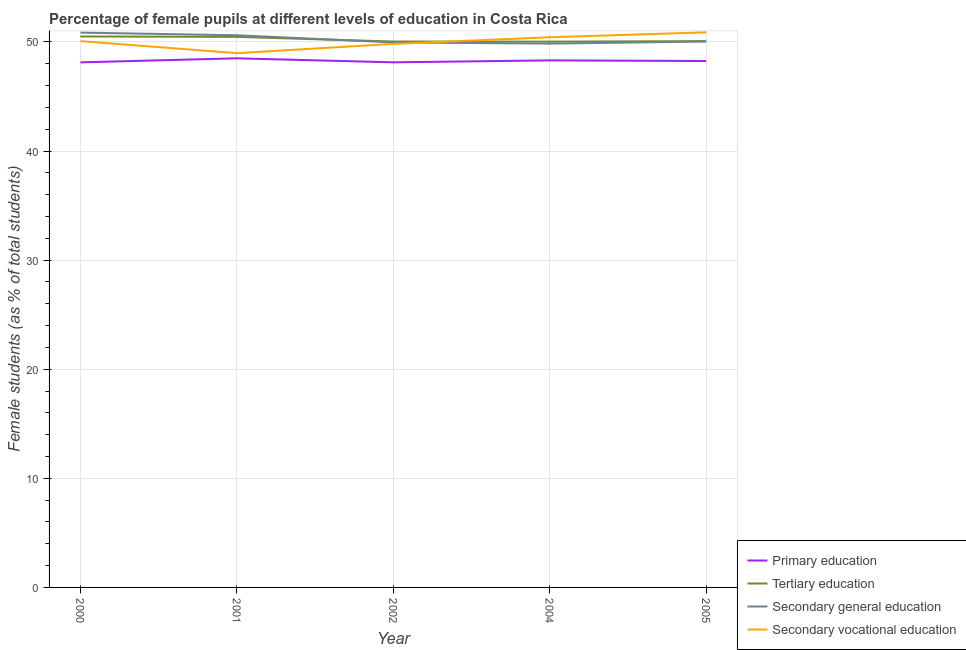
| Year | Primary education | Tertiary education | Secondary general education | Secondary vocational education |
 | --- | --- | --- | --- | --- |
 | 2000 | 48.1 | 50.5 | 50.9 | 50.1 |
 | 2001 | 48.5 | 50.5 | 50.6 | 49 |
 | 2002 | 48.1 | 50 | 50 | 49.8 |
 | 2004 | 48.3 | 50 | 49.8 | 50.4 |
 | 2005 | 48.3 | 50.1 | 50 | 50.9 |